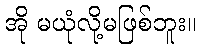
အို မယုံလို့မဖြစ်ဘူး။